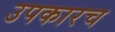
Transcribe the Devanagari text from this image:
उपकारच